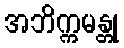
အဘိက္ကမန္တု